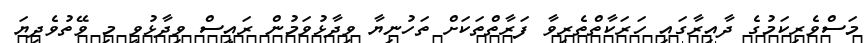
މަސްވެރިކަމުގެ ދާއިރާގައި ހަރަކާތްތެރިވާ ފަރާތްތަކަށް ތަހުނިޔާ ވިދާޅުވަމުން ރައީސް ވިދާޅުވީ މި ވޭތުވެދިޔަ